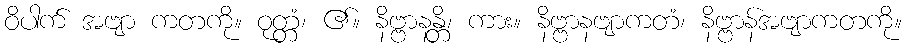
ဝိပါက် အဗျာ ကတကို။ ဝုတ္တံ၊ ၏။ နိဗ္ဗာနန္တိ၊ ကား။ နိဗ္ဗာနဗျာကတံ၊ နိဗ္ဗာန်အဗျာကတကို။